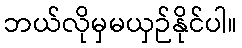
ဘယ်လိုမှမယှဉ်နိုင်ပါ။